Vaccination in Bombay 1863-1868 - 1863-1868
Year: 1863
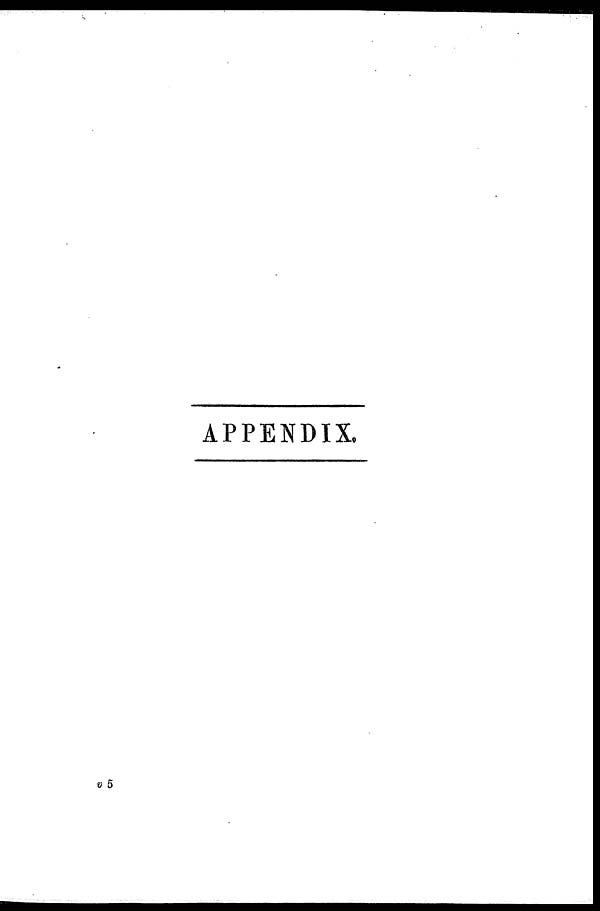
APPENDIX.
v 5